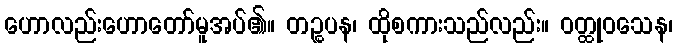
ဟောလည်းဟောတော်မူအပ်၏။ တဉ္စပန၊ ထိုစကားသည်လည်း။ ဝတ္ထုဝသေန၊